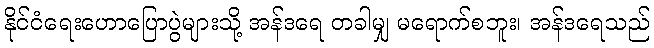
နိုင်ငံရေးဟောပြောပွဲများသို့ အန်ဒရေ တခါမျှ မရောက်စဘူး၊ အန်ဒရေသည်